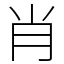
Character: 肖